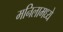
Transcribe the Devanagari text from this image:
मनिलामध्ये